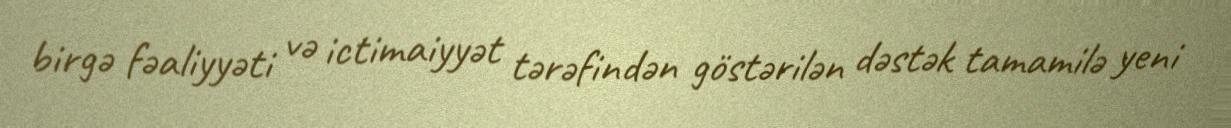
birgə fəaliyyəti və ictimaiyyət tərəfindən göstərilən dəstək tamamilə yeni